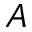
A